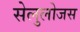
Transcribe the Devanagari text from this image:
सेलुलोजस